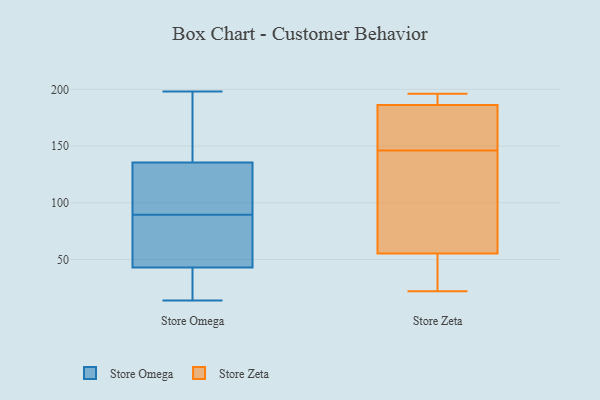
{"axis": {"x": "Production Output", "y": "Value"}, "legend": ["Store Omega", "Store Zeta"], "data": [{"x": "", "y": 112, "type": "Store Omega"}, {"x": "", "y": 198, "type": "Store Omega"}, {"x": "", "y": 55, "type": "Store Omega"}, {"x": "", "y": 46, "type": "Store Omega"}, {"x": "", "y": 102, "type": "Store Omega"}, {"x": "", "y": 159, "type": "Store Omega"}, {"x": "", "y": 52, "type": "Store Omega"}, {"x": "", "y": 14, "type": "Store Omega"}, {"x": "", "y": 40, "type": "Store Omega"}, {"x": "", "y": 36, "type": "Store Omega"}, {"x": "", "y": 98, "type": "Store Omega"}, {"x": "", "y": 83, "type": "Store Omega"}, {"x": "", "y": 184, "type": "Store Omega"}, {"x": "", "y": 96, "type": "Store Omega"}, {"x": "", "y": 30, "type": "Store Omega"}, {"x": "", "y": 192, "type": "Store Omega"}, {"x": "", "y": 192, "type": "Store Zeta"}, {"x": "", "y": 62, "type": "Store Zeta"}, {"x": "", "y": 35, "type": "Store Zeta"}, {"x": "", "y": 73, "type": "Store Zeta"}, {"x": "", "y": 156, "type": "Store Zeta"}, {"x": "", "y": 30, "type": "Store Zeta"}, {"x": "", "y": 146, "type": "Store Zeta"}, {"x": "", "y": 159, "type": "Store Zeta"}, {"x": "", "y": 190, "type": "Store Zeta"}, {"x": "", "y": 185, "type": "Store Zeta"}, {"x": "", "y": 93, "type": "Store Zeta"}, {"x": "", "y": 196, "type": "Store Zeta"}, {"x": "", "y": 22, "type": "Store Zeta"}]}